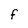
Character: F